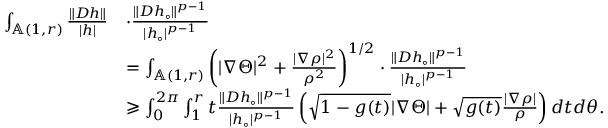
\begin{array} { r l } { \int _ { \mathbb { A } ( 1 , r ) } \frac { \| D h \| } { | h | } } & { \cdot \frac { \| D h _ { \circ } \| ^ { p - 1 } } { | h _ { \circ } | ^ { p - 1 } } } \\ & { = \int _ { \mathbb { A } ( 1 , r ) } \left( { | \nabla \Theta | ^ { 2 } } + \frac { | \nabla \rho | ^ { 2 } } { \rho ^ { 2 } } \right) ^ { 1 / 2 } \cdot \frac { \| D h _ { \circ } \| ^ { p - 1 } } { | h _ { \circ } | ^ { p - 1 } } } \\ & { \geqslant \int _ { 0 } ^ { 2 \pi } \int _ { 1 } ^ { r } t \frac { \| D h _ { \circ } \| ^ { p - 1 } } { | h _ { \circ } | ^ { p - 1 } } \left( \sqrt { 1 - g ( t ) } | \nabla \Theta | + \sqrt { g ( t ) } \frac { | \nabla \rho | } { \rho } \right) d t d \theta . } \end{array}